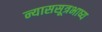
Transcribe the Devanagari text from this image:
न्याससूत्रभाष्य